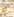
أو